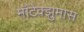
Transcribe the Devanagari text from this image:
मॉटेक्झुमास